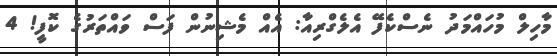
މާހިލް މުހައްމަދު ނެސްކެފޭ އެލެގްރިއާ: އެއް މެޝިނުން ފަސް ވައްތަރުގެ ކޮފީ! 4